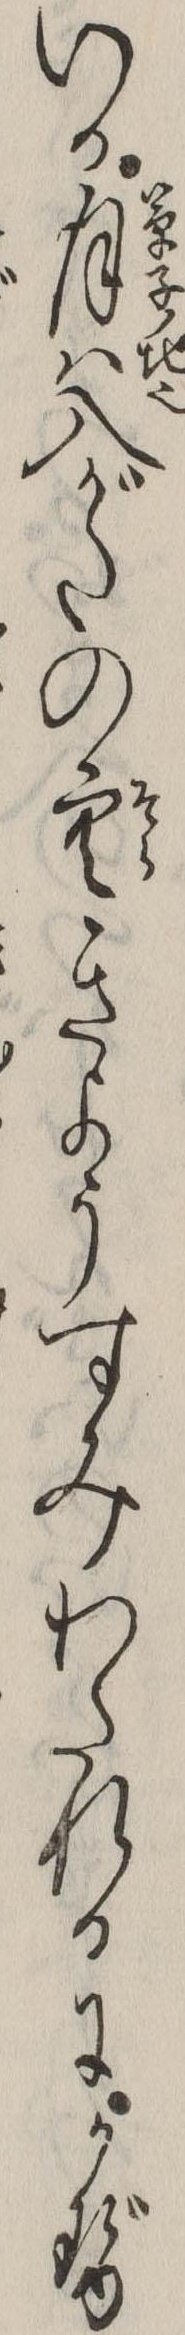
いる月は入がたの空きようすみわたれるにかぜ